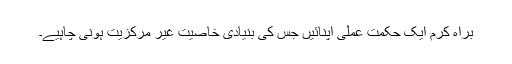
براہ کرم ایک حکمت عملی اپنائیں جس کی بنیادی خاصیت غیر مرکزیت ہونی چاہیے۔